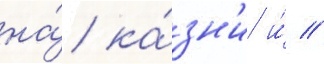
на́ ка́зн'и и́ //